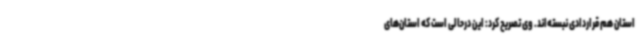
استان هم قراردادی نبسته‌اند. وی تصریح کرد: این درحالی است که استان‌های